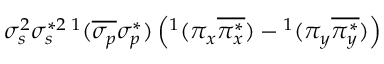
\sigma _ { s } ^ { 2 } \sigma _ { s } ^ { * 2 } { } \, ^ { 1 } ( \overline { { \sigma _ { p } } } \sigma _ { p } ^ { * } ) \left( ^ 1 ( \pi _ { x } \overline { { \pi _ { x } ^ { * } } } ) - { } ^ { 1 } ( \pi _ { y } \overline { { \pi _ { y } ^ { * } } } ) \right)